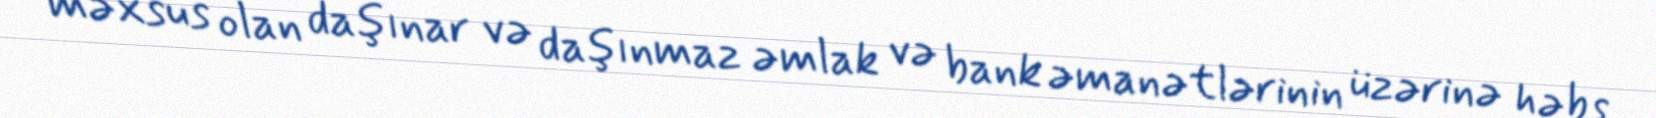
məxsus olan daşınar və daşınmaz əmlak və bank əmanətlərinin üzərinə həbs